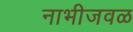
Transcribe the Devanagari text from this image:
नाभीजवळ